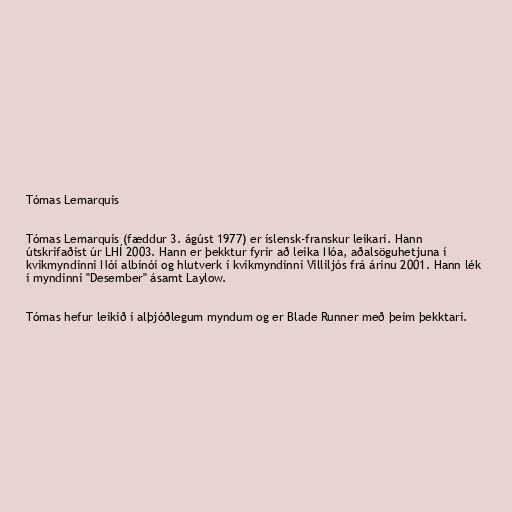
Tómas Lemarquis

Tómas Lemarquis (fæddur 3. ágúst 1977) er íslensk-franskur leikari. Hann
útskrifaðist úr LHÍ 2003. Hann er þekktur fyrir að leika Nóa, aðalsöguhetjuna í
kvikmyndinni Nói albínói og hlutverk í kvikmyndinni Villiljós frá árinu 2001. Hann lék
í myndinni "Desember" ásamt Laylow.

Tómas hefur leikið í alþjóðlegum myndum og er Blade Runner með þeim þekktari.